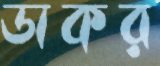
ডাকর